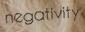
negativity